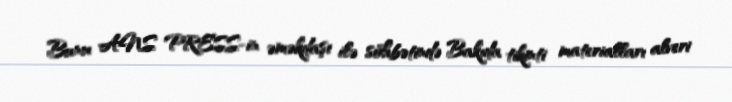
Bunu ANS PRESS-in əməkdaşı ilə söhbətində Bakıda tikinti materialları alveri